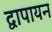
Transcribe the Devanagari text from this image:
द्वापायन